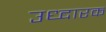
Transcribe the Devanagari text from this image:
उध्दारक